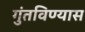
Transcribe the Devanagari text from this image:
गुंतविण्यास